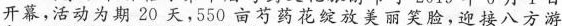
开幕，活动为期20天，550亩芍药花绽放美丽笑脸，迎接八方游